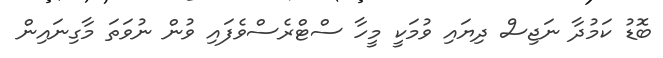
ބޮޑު ކަމުދާ ނަޖިސް ދިޔައި ވުމަކީ މީހާ ސްޓްރެސްވެފައި ވުން ނުވަތަ މާގިނައިން